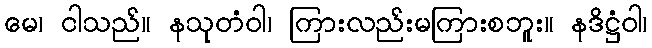
မေ၊ ငါသည်။ နသုတံဝါ၊ ကြားလည်းမကြားစဘူး။ နဒိဋ္ဌံဝါ၊